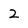
Character: 2